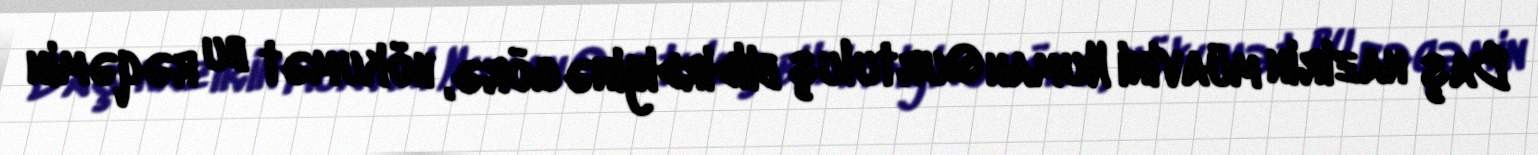
Baş nazirin müavini Numan Qurtuluş bildirdiyinə görə, hökumət bu rəqəmin